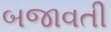
બજાવતી